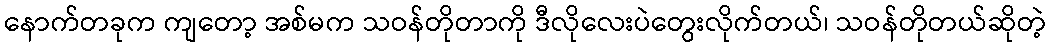
နောက်တခုက ကျတော့ အစ်မက သဝန်တိုတာကို ဒီလိုလေးပဲတွေးလိုက်တယ်၊ သဝန်တိုတယ်ဆိုတဲ့